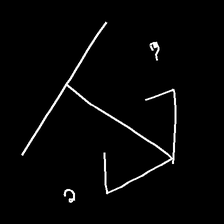
Glyph: earth